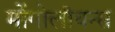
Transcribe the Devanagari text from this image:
मोंगोलीयन्स